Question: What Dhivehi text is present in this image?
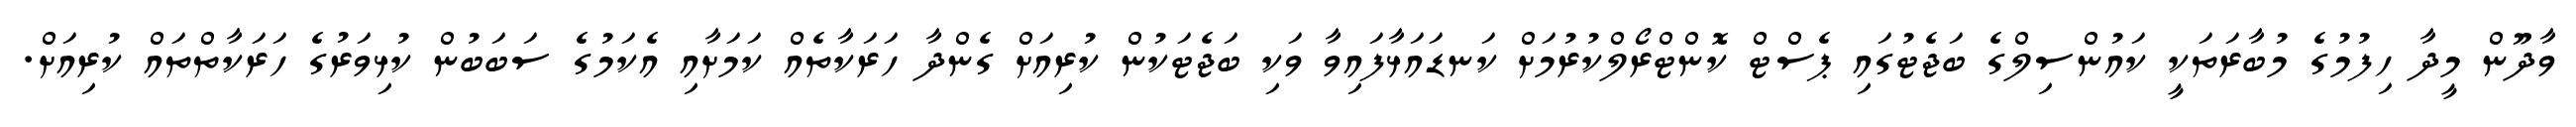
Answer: ވާދޫން މީދާ ހިފުމުގެ މުބާރަތަކީ ކައުންސިލްގެ ބަޖެޓުގައި ޕެސްޓް ކޮންޓްރޯލްކުރުމަށް ކަނޑައަޅާފައިވާ ވަކި ބަޖެޓަކުން ކުރިއަށް ގެންދާ ހަރަކާތެއް ކަމަށާއި އެކަމުގެ ސަބަބުން ކުޅިވަރުގެ ހަރަކާތްތައް ކުރިއަށް.